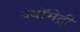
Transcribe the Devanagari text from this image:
ज्यॉमेट्री